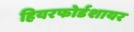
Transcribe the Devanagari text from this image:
हियरफोर्डशायर